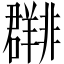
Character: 𬚀